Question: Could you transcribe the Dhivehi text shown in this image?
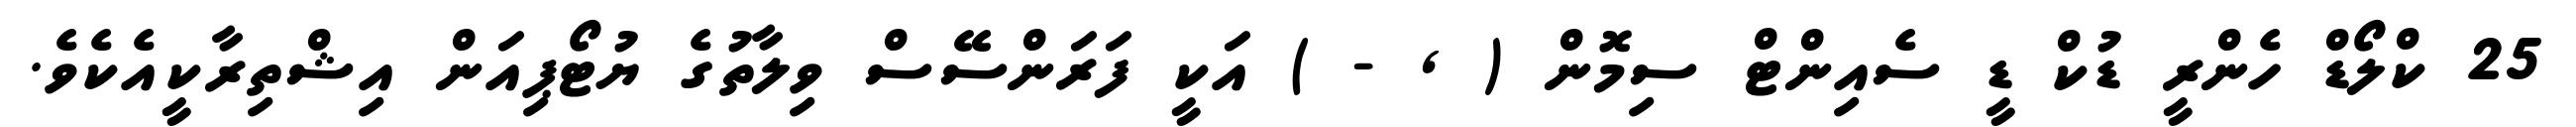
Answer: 25 ކްލޯޑް ހެންރީ ޑުކް ޑީ ސެއިންޓް ސިމޮން ( , - ) އަކީ ފަރަންސޭސް ވިލާތުގެ ޔުޓޯޕިއަން އިޝްތިރާކީއެކެވެ.